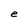
Character: e